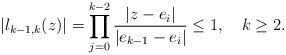
LaTeX: \begin{align*}\vert l_{k-1,k}(z)\vert=\prod_{j=0}^{k-2}\frac{\vert z-e_i\vert}{\vert e_{k-1}-e_i\vert}\le 1,\ \ \ k\ge 2.\end{align*}